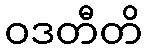
ဝဒတီတိ